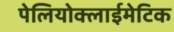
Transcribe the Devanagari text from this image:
पेलियोक्लाईमेटिक